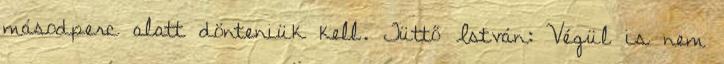
másodperc alatt dönteniük kell. Tüttő István: Végül is nem